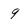
Character: 9